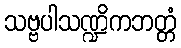
သဗ္ဗပါသဏ္ဍိကဘတ္တံ